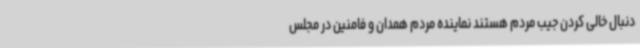
دنبال خالی کردن جیب مردم هستند نماینده مردم همدان و فامنین در مجلس